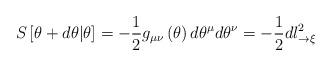
LaTeX: \begin{align*}S\left[ \theta_{}+d\theta|\theta_{}\right]=-\frac{1}{2}g_{\mu\nu}\left( \theta\right) d\theta^{\mu}d\theta^{\nu}=-\frac{1}{2}dl_{\rightarrow\xi}^{2}\end{align*}